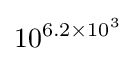
10^{\,\!6.2\times 10^{3}}